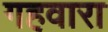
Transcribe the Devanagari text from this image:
गहवारा